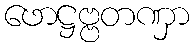
ဖောဋ္ဌဗ္ဗတဏှာ